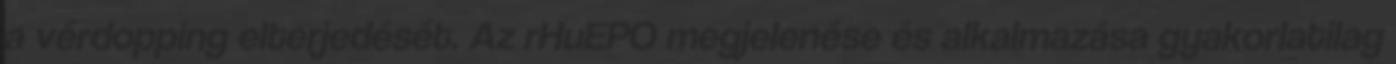
a vérdopping elterjedését. Az rHuEPO megjelenése és alkalmazása gyakorlatilag